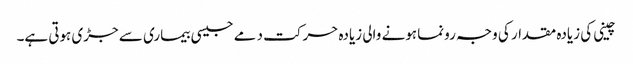
چینی کی زیادہ مقدار کی وجہ رونما ہونے والی زیادہ حرکت دمے جیسی بیماری سے جڑی ہوتی ہے۔